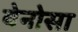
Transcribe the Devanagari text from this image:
वेनोसा